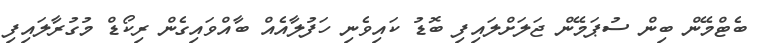
ބެޓްމޭން ބިން ސުޕަމޭން ޖަލަށްލައިފި ބޮޑު ކައިވެނި ހަފުލާއެއް ބާއްވައިގެން ރިކޯޑް މުގުރާލައިފި